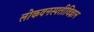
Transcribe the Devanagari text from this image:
लोकवनस्पतीविज्ञान